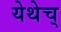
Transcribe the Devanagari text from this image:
येथेच्